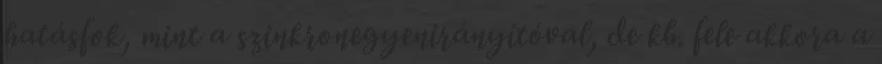
hatásfok, mint a szinkronegyenirányítóval, de kb. fele akkora a